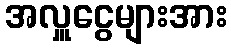
အလှူငွေများအား